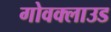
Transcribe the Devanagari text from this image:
गोवक्लाउड